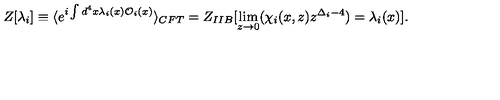
Z [ \lambda _ { i } ] \equiv \langle e ^ { i \int d ^ { 4 } x \lambda _ { i } ( x ) { \cal O } _ { i } ( x ) } \rangle _ { C F T } = Z _ { I I B } [ \lim _ { z \to 0 } ( \chi _ { i } ( x , z ) z ^ { \Delta _ { i } - 4 } ) = \lambda _ { i } ( x ) ] .